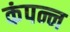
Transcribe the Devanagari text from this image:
कंपन्न